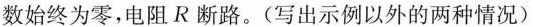
数始终为零，电阻R断路。(写出示例以外的两种情况)